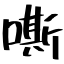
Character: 嘶